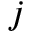
j